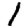
Digit: 1